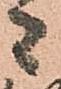
者